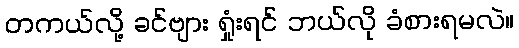
တကယ်လို့ ခင်ဗျား ရှုံးရင် ဘယ်လို ခံစားရမလဲ။